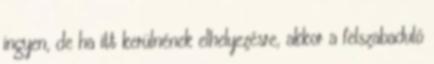
ingyen, de ha itt kerülnének elhelyezésre, akkor a felszabaduló